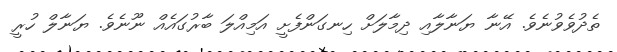
ތެދުވެވުނެވެ. އޭނާ ޔަނާލާއި ދިމާލަށް ހިނގަންފެށީ އަމިއްލަ ބާރުގައެއް ނޫނެވެ. ޔަނާލް ހުރީ